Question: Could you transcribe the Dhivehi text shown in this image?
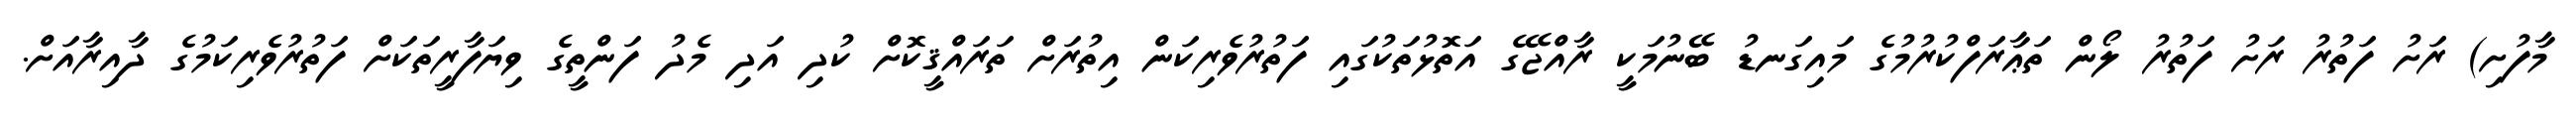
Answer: މާފުށި) ރަށު ފަތުރު ރަށު ފަތުރު ލޯން ތަޢާރަފްކުރުމުގެ މައިގަނޑު ބޭނުމަކީ ރާއްޖޭގެ އަތޮޅުތަކުގައި ފަތުރުވެރިކަން އިތުރަށް ތަރައްޤީކޮށް ކުދި އަދި މެދު ފަންތީގެ ވިޔަފާރީތަކަށް ފަތުރުވެރިކަމުގެ ދާއިރާއަށް.